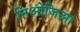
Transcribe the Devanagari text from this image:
निओजिआ